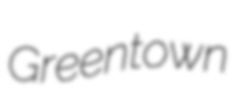
Greentown